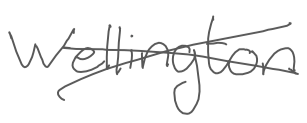
Text: Wellington
Cross-out: cross
Writing tool: digital_gray